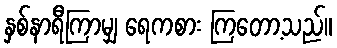
နှစ်နာရီကြာမျှ ရေကစား ကြတော့သည်။